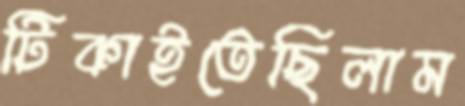
টিকাইতেছিলাম